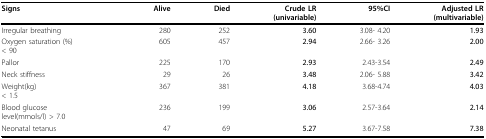
<table><thead><tr><td><b>Signs</b></td><td><b>Alive</b></td><td><b>Died</b></td><td><b>Crude LR(univariable)</b></td><td><b>95%CI</b></td><td><b>Adjusted LR(multivariable)</b></td></tr></thead><tbody><tr><td>Irregular breathing</td><td>280</td><td>252</td><td><b>3.60</b></td><td>3.08- 4.20</td><td><b>1.93</b></td></tr><tr><td>Oxygen saturation (%)&lt; 90</td><td>605</td><td>457</td><td><b>2.94</b></td><td>2.66- 3.26</td><td><b>2.00</b></td></tr><tr><td>Pallor</td><td>225</td><td>170</td><td><b>2.93</b></td><td>2.43-3.54</td><td><b>2.49</b></td></tr><tr><td>Neck stiffness</td><td>29</td><td>26</td><td><b>3.48</b></td><td>2.06- 5.88</td><td><b>3.42</b></td></tr><tr><td>Weight(kg)&lt; 1.5</td><td>367</td><td>381</td><td><b>4.18</b></td><td>3.68-4.74</td><td><b>4.03</b></td></tr><tr><td>Blood glucoselevel(mmols/l) &gt; 7.0</td><td>236</td><td>199</td><td><b>3.06</b></td><td>2.57-3.64</td><td><b>2.14</b></td></tr><tr><td>Neonatal tetanus</td><td>47</td><td>69</td><td><b>5.27</b></td><td>3.67-7.58</td><td><b>7.38</b></td></tr></tbody></table>